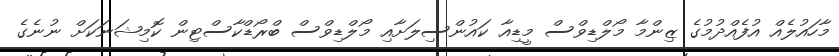
މާހަައުލެއް އުފެއްދުމުގެ ޒިންމާ މޯލްޑިވްސް މީޑިއާ ކައުންސިލަށާއި މޯލްޑިވްސް ބްރޯޑްކާސްޓިން ކޮމިޝަނަކަށް ނުނެގެ